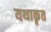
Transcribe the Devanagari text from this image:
यथाकृत